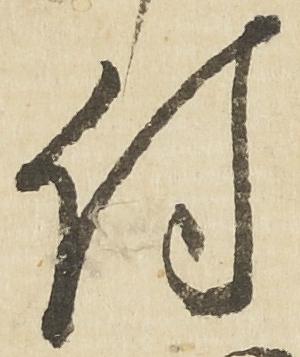
付